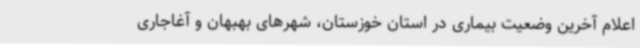
اعلام آخرین وضعیت بیماری در استان خوزستان، شهرهای بهبهان و آغاجاری